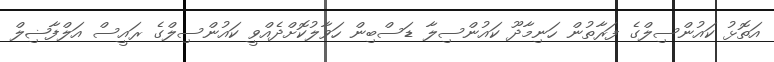
އަތޮޅު ކައުންސިލްގެ ފަރާތުން ހަނިމާދޫ ކައުންސިލާ ޑަސްބިން ހަވާލުކޮށްދެއްވީ ކައުންސިލްގެ ރައީސް އަލްފާޟިލް